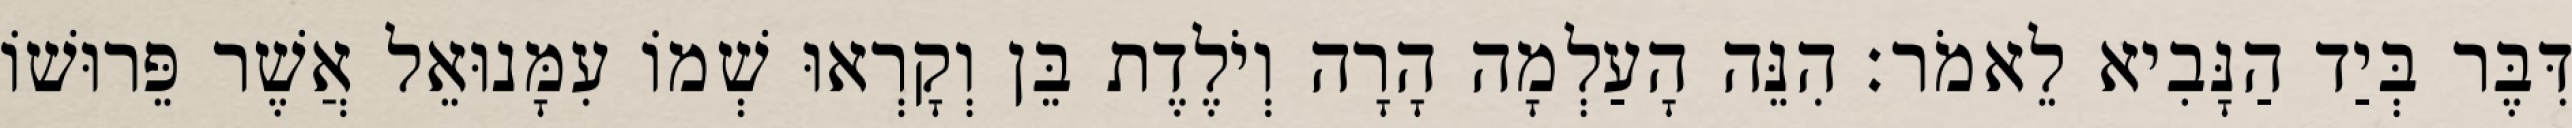
דִּבֶּר בְּיַד הַנָּבִיא לֵאמֹר׃ הִנֵּה הָעַלְמָה הָרָה וְיֹלֶדֶת בֵּן וְקָרְאוּ שְׁמוֹ עִמָּנוּאֵל אֲשֶׁר פֵּרוּשׁוֹ